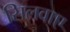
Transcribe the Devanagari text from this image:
सिलवाए